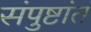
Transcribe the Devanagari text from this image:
संपुष्टांत